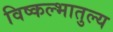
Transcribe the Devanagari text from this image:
विष्कल्भातुल्य